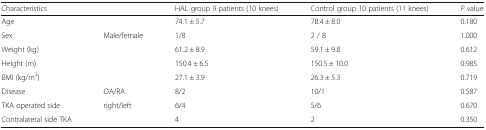
<table><thead><tr><td><b>Characteristics</b></td><td></td><td><b>HAL group 9 patients (10 knees)</b></td><td><b>Control group 10 patients (11 knees)</b></td><td><b><i>P</i> value</b></td></tr></thead><tbody><tr><td>Age</td><td></td><td>74.1 ± 5.7</td><td>78.4 ± 8.0</td><td>0.180</td></tr><tr><td>Sex</td><td>Male/female</td><td>1/8</td><td>2 / 8</td><td>1.000</td></tr><tr><td>Weight (kg)</td><td></td><td>61.2 ± 8.9</td><td>59.1 ± 9.8</td><td>0.612</td></tr><tr><td colspan="2">Height (m)</td><td>150.4 ± 6.5</td><td>150.5 ± 10.0</td><td>0.985</td></tr><tr><td>BMI (kg/m<sup>2</sup>)</td><td></td><td>27.1 ± 3.9</td><td>26.3 ± 5.3</td><td>0.719</td></tr><tr><td>Disease</td><td>OA/RA</td><td>8/2</td><td>10/1</td><td>0.587</td></tr><tr><td>TKA operated side</td><td>right/left</td><td>6/4</td><td>5/6</td><td>0.670</td></tr><tr><td>Contralateral side TKA</td><td></td><td>4</td><td>2</td><td>0.350</td></tr></tbody></table>